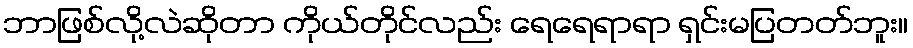
ဘာဖြစ်လို့လဲဆိုတာ ကိုယ်တိုင်လည်း ရေရေရာရာ ရှင်းမပြတတ်ဘူး။